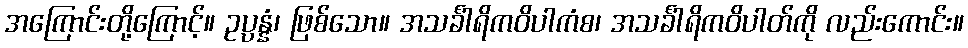
အကြောင်းတို့ကြောင့်။ ဥပ္ပန္နံ၊ ဖြစ်သော။ အသင်္ခါရိကဝိပါကံစ၊ အသင်္ခါရိကဝိပါတ်ကို လည်းကောင်း။